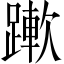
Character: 𨅄